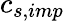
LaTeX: c_{s,imp}